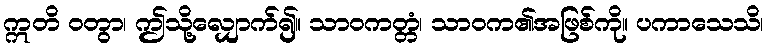
ဣတိ ဝတွာ၊ ဤသို့လျှောက်၍။ သာဝကတ္တံ၊ သာဝက၏အဖြစ်ကို။ ပကာသေသိ၊